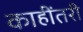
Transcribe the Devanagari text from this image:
काहींतरी